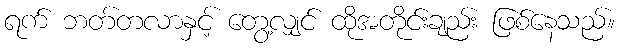
ရက် ဘတ်တလာနှင့် တွေ့လျှင် ထိုအတိုင်းချည်း ဖြစ်နေသည်။